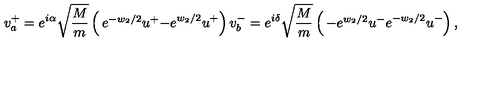
v _ { a } ^ { + } = e ^ { i \alpha } \sqrt { \frac { M } { m } } \left( \begin{matrix} { e ^ { - w _ { 2 } / 2 } u ^ { + } } \\ { - e ^ { w _ { 2 } / 2 } u ^ { + } } \\ \end{matrix} \right) v _ { b } ^ { - } = e ^ { i \delta } \sqrt { \frac { M } { m } } \left( \begin{matrix} { - e ^ { w _ { 2 } / 2 } u ^ { - } } \\ { e ^ { - w _ { 2 } / 2 } u ^ { - } } \\ \end{matrix} \right) ,